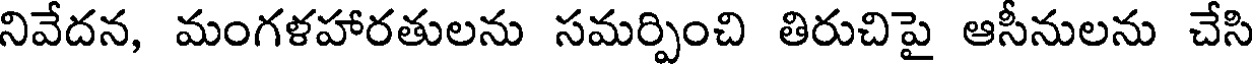
నివేదన, మంగళహారతులను సమర్పించి తిరుచిపై ఆసీనులను చేసి